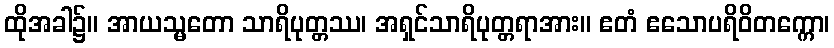
ထိုအခါ၌။ အာယသ္မတော သာရိပုတ္တဿ၊ အရှင်သာရိပုတ္တရာအား။ ဧတံ ဧသောပရိဝိတက္ကော၊